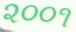
૨૦૦૧